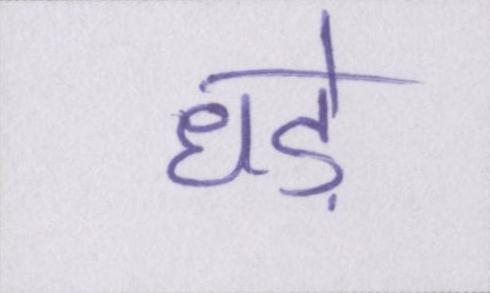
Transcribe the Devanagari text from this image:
धड़े